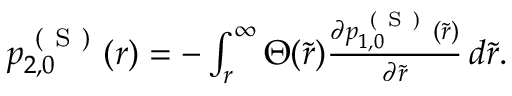
\begin{array} { r } { p _ { 2 , 0 } ^ { \mathrm { ~ ( ~ S ~ ) ~ } } ( r ) = - \int _ { r } ^ { \infty } \Theta ( \tilde { r } ) \frac { \partial p _ { 1 , 0 } ^ { \mathrm { ~ ( ~ S ~ ) ~ } } ( \tilde { r } ) } { \partial \tilde { r } } \, d \tilde { r } . } \end{array}